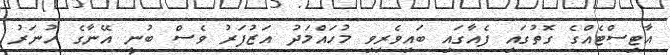
އާޓިސްޓެއްގެ ގޮތުގައި ފެއާގައި ބައިވެރިވި މުހައްމަދު އަޒުފަރު ވެސް ބުނީ އޭނާގެ ހުނަރު